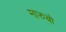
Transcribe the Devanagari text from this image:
मारुबो